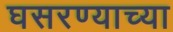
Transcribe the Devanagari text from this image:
घसरण्याच्या